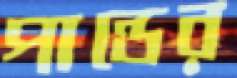
পান্ডের